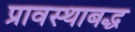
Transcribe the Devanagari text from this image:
प्रावस्थाबद्ध